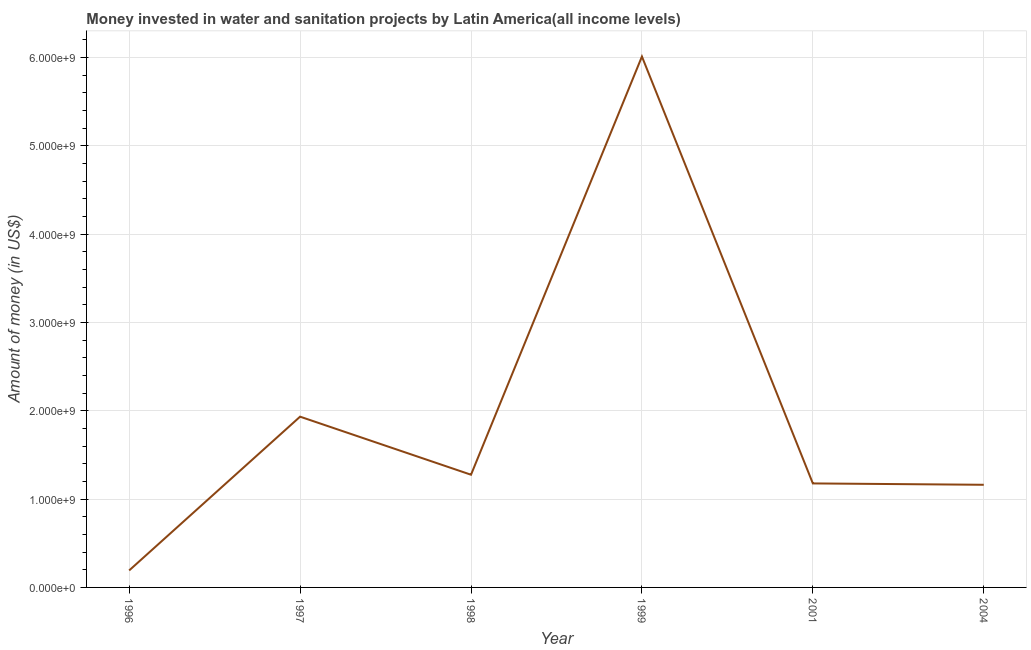
| Year | Investment |
 | --- | --- |
 | 1996 | 1.92e+08 |
 | 1997 | 1.93e+09 |
 | 1998 | 1.28e+09 |
 | 1999 | 6.01e+09 |
 | 2001 | 1.18e+09 |
 | 2004 | 1.16e+09 |